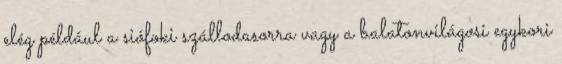
elég például a siófoki szállodasorra vagy a balatonvilágosi egykori